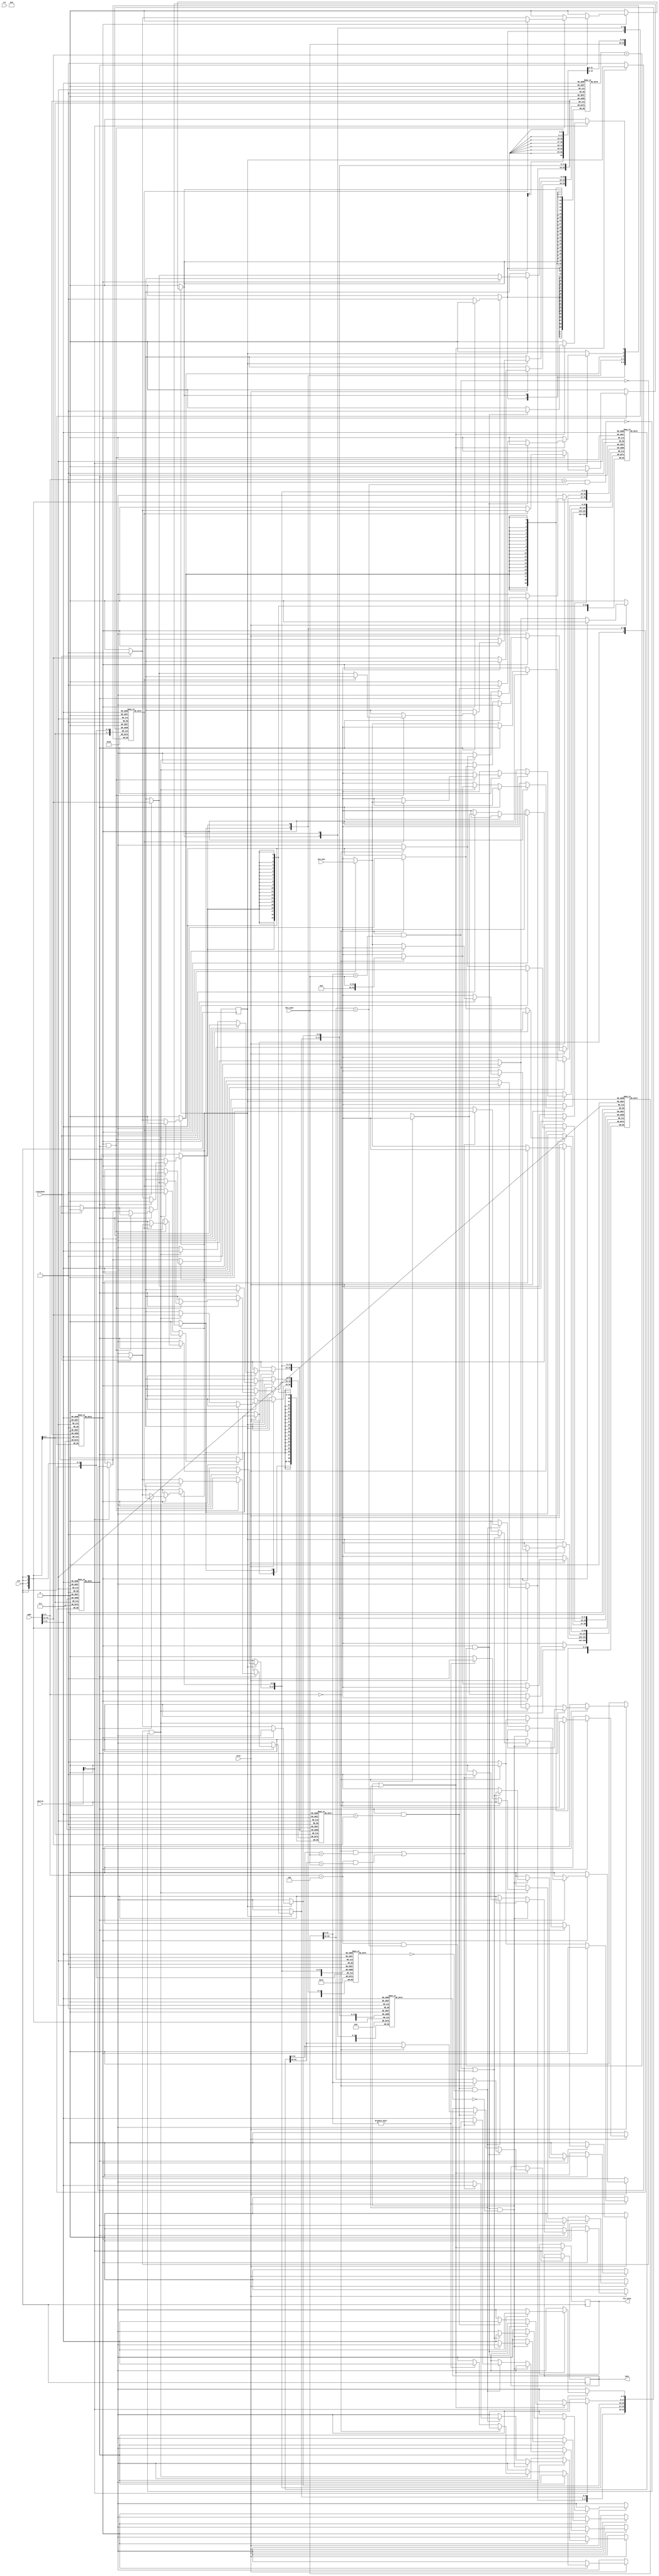
module cache(input clk, rst, wren,
				input [31:0] addr,
				input [63:0] din_mem, 
				input [31:0] din_pipe, 
				input countdone,
				input [2:0] wbsrcm,
				output hit_miss,
				output [31:0] dout);

	`define TAG 31:12		// position of tag in address
	`define INDEX 11:3		// position of index in address
	`define OFFSET 2:0		// position of offset in address

  	parameter NWAYS = 2;
  	parameter NSETS = 512;
  	parameter WIDTH = 32;
  	parameter MWIDTH = 64;  // same as block size
  	parameter INDEX_WIDTH = 9;
  	parameter TAG_WIDTH = 20;
  	parameter OFFSET_WIDTH = 3;

	// WAY 0 cache data
	reg	valid0 [0:NSETS-1];
	reg	dirty0 [0:NSETS-1];
	reg [TAG_WIDTH-1:0] tag0 [0:NSETS-1];
	reg [MWIDTH-1:0] mem0 [0:NSETS-1];
	
	// WAY 1 cache data
	reg	valid1 [0:NSETS-1];
	reg 	dirty1 [0:NSETS-1];
	reg [TAG_WIDTH-1:0] tag1 [0:NSETS-1];
	reg [MWIDTH-1:0] mem1 [0:NSETS-1];

	reg r_hit_miss, r_misslatch;
	reg [31:0] r_dout;
	reg lru [0:NSETS-1];

	integer k;
	initial begin
		for(k = 0; k < NSETS; k = k +1) begin //initialize values
			valid0[k] = 0;
			valid1[k] = 0;
			dirty0[k] = 0;
			dirty1[k] = 0;
			lru[k] = 0;
			tag0[k] = 15'b0;
			tag1[k] = 15'b0;
			mem0[k] = 64'b0;
			mem1[k] = 64'b0;
		end
		r_misslatch = 0;
	end

	always@(posedge clk) begin
		
		if(wbsrcm[0]) begin //if read only, evaluate hit_miss
			r_hit_miss <= ((valid0[addr[`INDEX]] && (tag0[addr[`INDEX]] == addr[`TAG]) && dirty0[addr[`INDEX]] == 0)
					  ||  (valid1[addr[`INDEX]] && (tag1[addr[`INDEX]] == addr[`TAG]) && dirty1[addr[`INDEX]] == 0));
		end

		if(wbsrcm[0]) begin //if read only, read from cache if hit
			if((valid0[addr[`INDEX]] && (tag0[addr[`INDEX]] == addr[`TAG]) && dirty0[addr[`INDEX]] == 0)
					  ||  (valid1[addr[`INDEX]] && (tag1[addr[`INDEX]] == addr[`TAG]) && dirty1[addr[`INDEX]] == 0)) begin
				if(valid0[addr[`INDEX]] && (tag0[addr[`INDEX]] == addr[`TAG])) begin
					if(addr[`OFFSET] == 0) begin //first word
						r_dout <= mem0[addr[`INDEX]][WIDTH-1:0];
					end
					else begin //second word
						r_dout <= mem0[addr[`INDEX]][2*WIDTH-1:WIDTH];
					end
					lru[addr[`INDEX]] <= 1;
				end
				else if(valid1[addr[`INDEX]] && (tag1[addr[`INDEX]] == addr[`TAG])) begin
					if(addr[`OFFSET] == 0) begin
						r_dout <= mem1[addr[`INDEX]][WIDTH-1:0];
					end
					else begin
						r_dout <= mem1[addr[`INDEX]][2*WIDTH-1:WIDTH];
					end
					lru[addr[`INDEX]] <= 0;
				end
			end
			else begin //if miss
				r_misslatch <= 1;
			end
		end
		if(r_misslatch) begin
			if(valid0[addr[`INDEX]] == 0) begin //if empty spot
				if(countdone) begin
					mem0[addr[`INDEX]] <= din_mem;
					valid0[addr[`INDEX]] <= 1;
					tag0[addr[`INDEX]] <= addr[`TAG];
					lru[addr[`INDEX]] <= 1;
					dirty0[addr[`INDEX]] <= 0;
					r_misslatch <= 0;
				end
			end
			else if(valid1[addr[`INDEX]] == 0) begin
				if(countdone) begin
					mem1[addr[`INDEX]] <= din_mem;
					valid1[addr[`INDEX]] <= 1;
					tag1[addr[`INDEX]] <= addr[`TAG];
					lru[addr[`INDEX]] <= 0;
					dirty1[addr[`INDEX]] <= 0;
					r_misslatch <= 0;
				end
			end
			else if(valid0[addr[`INDEX]] && valid1[addr[`INDEX]]) begin
				if(lru[addr[`INDEX]]) begin
					if(countdone) begin
						mem1[addr[`INDEX]] <= din_mem;
						valid1[addr[`INDEX]] <= 1;
						tag1[addr[`INDEX]] <= addr[`TAG];
						lru[addr[`INDEX]] <= 0;
						dirty1[addr[`INDEX]] <= 0;
						r_misslatch <= 0;
					end
				end
				else begin
					if(countdone) begin
						mem0[addr[`INDEX]] <= din_mem;
						valid0[addr[`INDEX]] <= 1;
						tag0[addr[`INDEX]] <= addr[`TAG];
						lru[addr[`INDEX]] <= 1;
						dirty0[addr[`INDEX]] <= 0;
						r_misslatch <= 0;
					end
				end
			end
		end
		if(wren) begin //write 
			if(valid0[addr[`INDEX]] == 0) begin
				valid0[addr[`INDEX]] <= 1;
				tag0[addr[`INDEX]] <= addr[`TAG];
				lru[addr[`INDEX]] <= 1;
				if(addr[`OFFSET] == 0) begin
					mem0[addr[`INDEX]] [31:0]<= din_pipe;
				end
				else begin
					mem0[addr[`INDEX]] [63:32]<= din_pipe;
				end
			end	
			else if(valid1[addr[`INDEX]] == 0) begin
				if(~(addr[`OFFSET] == 0 && mem0[addr[`INDEX]][31:0] == din_pipe) && ~(addr[`OFFSET] == 1 && mem0[addr[`INDEX]][63:32] == din_pipe)) begin
					valid1[addr[`INDEX]] <= 1;
					tag1[addr[`INDEX]] <= addr[`TAG];
					lru[addr[`INDEX]] <= 1;
					if(addr[`OFFSET] == 0) begin
						mem1[addr[`INDEX]] [31:0] <= din_pipe;
					end
					else begin
						mem1[addr[`INDEX]] [63:32] <= din_pipe;
						if(mem0[addr[`INDEX]] [31:0] != 0) begin
							dirty1[addr[`INDEX]] <= 1;
						end 
					end	
				end
				
			end
			else if(valid0[addr[`INDEX]] && (tag0[addr[`INDEX]] == addr[`TAG]) && dirty0[addr[`INDEX]] == 0) begin
				 if((addr[`OFFSET] == 0 && mem0[addr[`INDEX]][31:0] == din_pipe) || (addr[`OFFSET] == 4 && mem0[addr[`INDEX]][63:32] == din_pipe)) begin
					dirty0[addr[`INDEX]] <= 0;
				end 
				else begin
					dirty0[addr[`INDEX]] <= 1;
				end
			end
			else if(valid1[addr[`INDEX]] && (tag1[addr[`INDEX]] == addr[`TAG]) && dirty1[addr[`INDEX]] == 0) begin
				 if((addr[`OFFSET] == 0 && mem1[addr[`INDEX]][31:0] == din_pipe) || (addr[`OFFSET] == 4 && mem1[addr[`INDEX]][63:32] == din_pipe)) begin
					dirty1[addr[`INDEX]] <= 0;
				end 
				else begin
					dirty1[addr[`INDEX]] <= 1;
				end
			end
		end
	end

	assign dout = r_dout;
	assign hit_miss = r_hit_miss;
	
endmodule